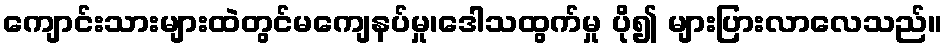
ကျောင်းသားများထဲတွင်မကျေနပ်မှု၊ဒေါသထွက်မှု ပို၍ များပြားလာလေသည်။